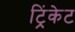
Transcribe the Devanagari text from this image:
ट्रिंकेट